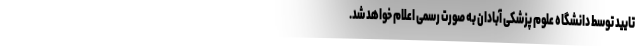
تایید توسط دانشگاه علوم پزشکی آبادان به صورت رسمی اعلام خواهد شد.